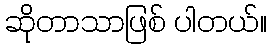
ဆိုတာသာဖြစ် ပါတယ်။